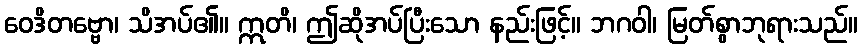
ဝေဒိတဗ္ဗော၊ သိအပ်၏။ ဣတိ၊ ဤဆိုအပ်ပြီးသော နည်းဖြင့်။ ဘဂဝါ၊ မြတ်စွာဘုရားသည်။